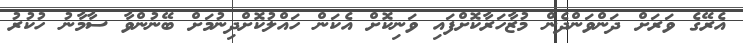
އެރޭގެ ވަރަށް ދަންވަންދެން މުޒާހަރާކޮށްފައި ވަނިކޮށް އެކަން ހައްލުކޮށްދިނުމަށް ބޭނުންވާ ސާމާނު ހުކުރު